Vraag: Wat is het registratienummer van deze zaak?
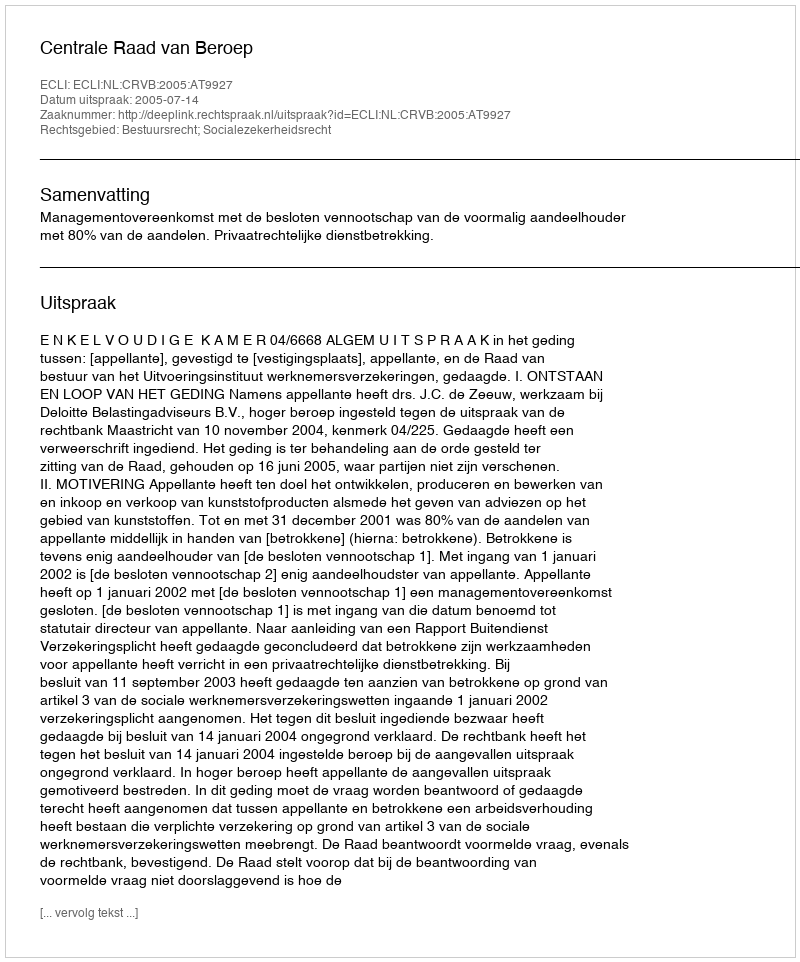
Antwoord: http://deeplink.rechtspraak.nl/uitspraak?id=ECLI:NL:CRVB:2005:AT9927